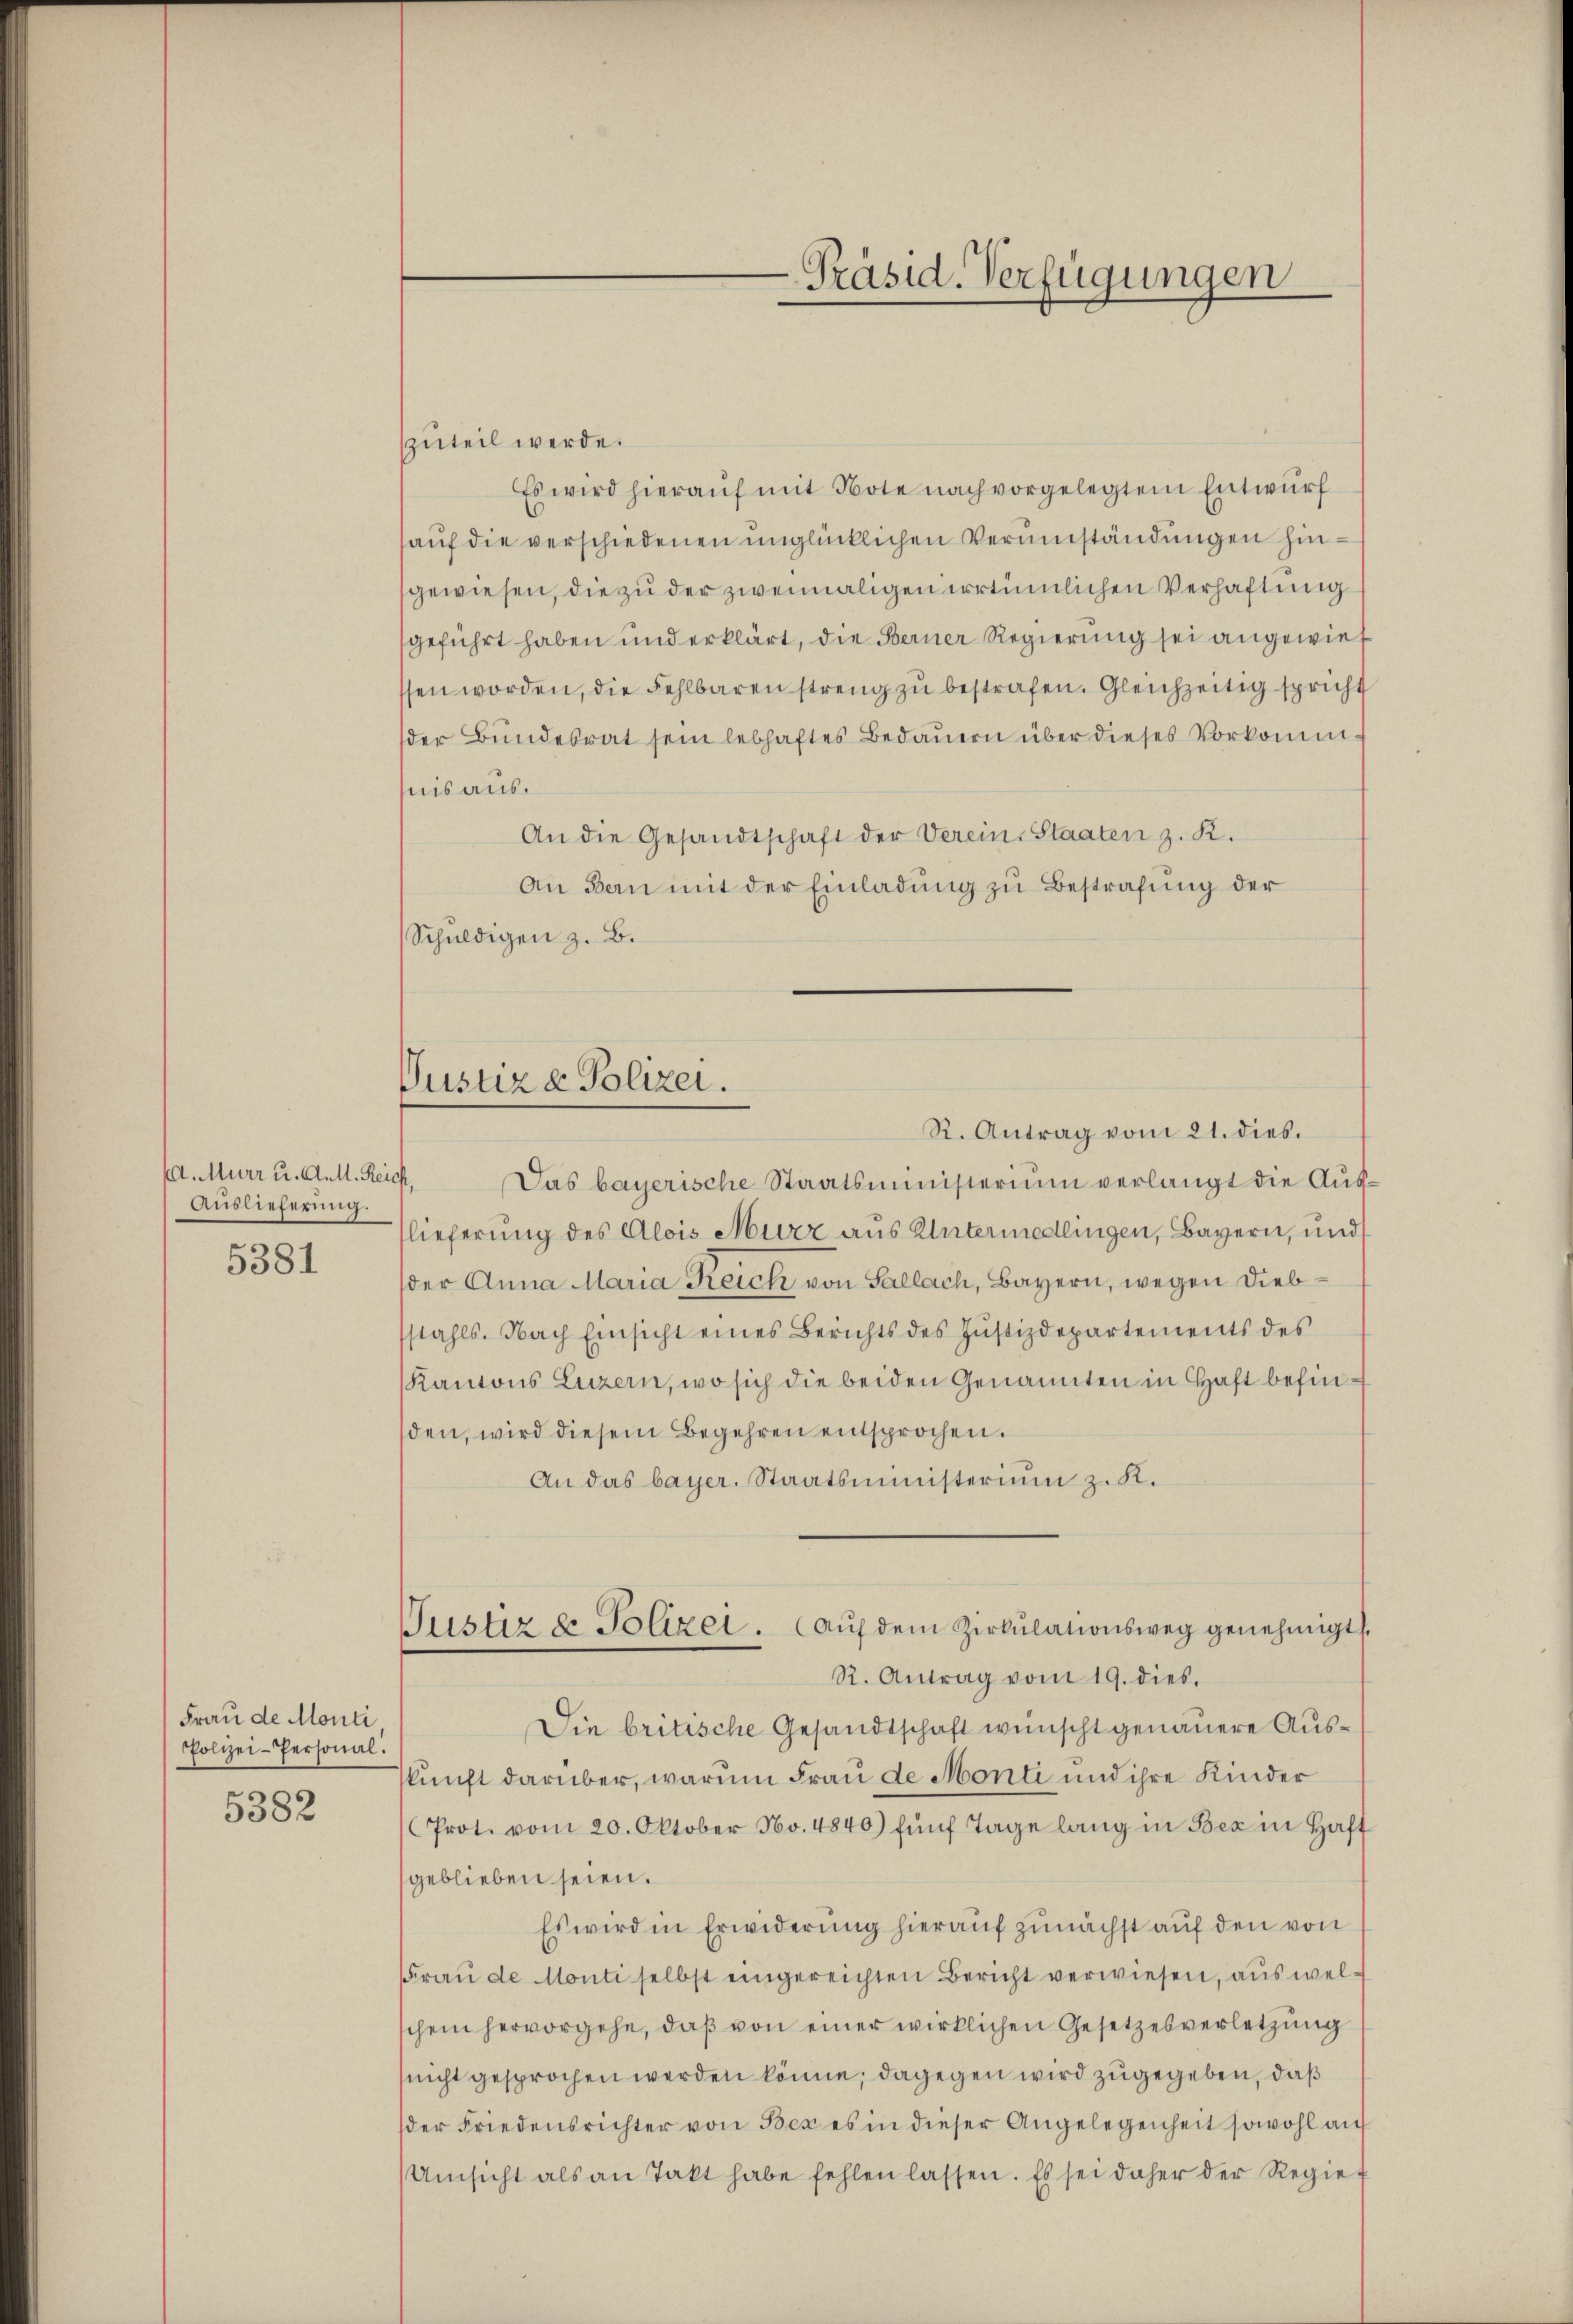
. Murr u. Aull. Reich,
Auslieferung.
5381

Frau de Monti
Polizei-Personal
5382

Präsid. Verfügungen

Justiz & Polizei.

zuteil werde.
Es wird hierauf mit Note nach vorgelegtem Entwurf
hauf die verschiedenen unglücklichen Verumständungen hingewiesen, die zu der zweimaligen irrtümlichen Verhaftung
geführt haben und erklärt, die Berner Regierung sei angewies
ssen worden, die Fehlbaren streng zu bestrafen. Gleichzeitig spricht
der Bundesrat sein lebhaftes Bedauern über dieses Vorkomm
snis aus.
An die Gesandtschaft der Verein-Staaten z. R.
An Bern mit der Einladung zu Bestrafung der
Schuldigen z. B.
R. Antrag vom 21. dies.
Das bayerische Staatsministerium verlangt die Auslieferung des Alois Murz aus Untermedlingen, Bayern, und
der Anna Maria Reich von Sallach, Bayern, wegen Diebstahls. Nach Einsicht eines Berichts des Jŭstizdepartements des
Kantons Luzern, wo sich die beiden Genannten in Haft befinden, wird diesem Begehren entsprochen.
An das bayer. Staatsministerium z. K.
Justiz & Polizei. aŭf dem Zirkŭlationsweg genehmigt.
R. Antrag vom 19. dies.
Die britische Gesandtschaft wünscht genauere Ausskunft darüber, warum Frau de Monti und ihre Kinder
Prot. vom 20. Oktober No. 4840) fünf Tage lang in Bex in Haft
geblieben seien.
Es wird in Erwiderung hierauf zunächst auf den von
Frau de Monti selbst eingereichten Bericht verwiesen, aus welschein hervorgehe, daß von einer wirklichen Gesetzesverletzung
nicht gesprochen werden könne; dagegen wird zugegeben, daß
der Friedensrichter von Bex es in dieser Angelegenheit sowohl auf
Umsicht als an Takt habe fehlen lassen. Es sei daher der Regie¬